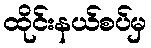
ထိုင်းနယ်စပ်မှ